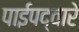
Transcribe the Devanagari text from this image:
पाईपद्वारे